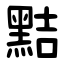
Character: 黠